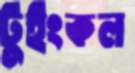
টুইংকল